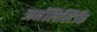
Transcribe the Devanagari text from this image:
जर्नलिस्टिकि